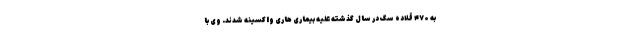
به ۴۷۰ قلاده سگ در سال گذشته علیه بیماری هاری واکسینه شدند. وی با